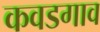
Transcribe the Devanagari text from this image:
कवडगाव